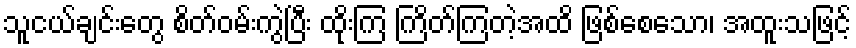
သူငယ်ချင်းတွေ စိတ်ဝမ်းကွဲပြီး ထိုးကြ ကြိတ်ကြတဲ့အထိ ဖြစ်စေသော၊ အထူးသဖြင့်